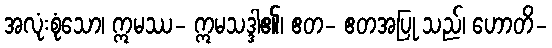
အလုံးစုံသော၊ ဣမဿ- ဣမသဒ္ဒါ၏၊ ဧတ- ဧတအပြု သည်၊ ဟောတိ-